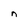
Character: n